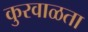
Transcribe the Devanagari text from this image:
कुरवाळता